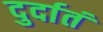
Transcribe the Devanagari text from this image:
दुर्दातं